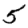
Digit: 5